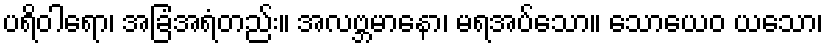
ပရိဝါရော၊ အခြံအရံတည်း။ အလဗ္ဘမာနော၊ မရအပ်သော။ သောယေဝ ယသော၊